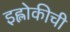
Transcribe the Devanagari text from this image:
इह्लोकीची